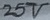
Text: 25V